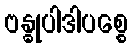
ဗန္ဓုပါဒါပစ္စေ